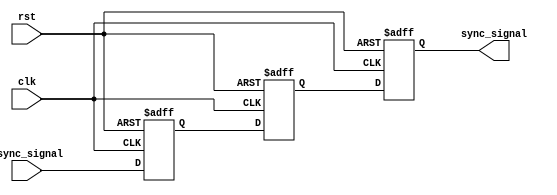
module metastability_detector (
    input async_signal,    // Asynchronous input signal
    input clk,            // Synchronous clock signal
    input rst,            // Asynchronous reset signal
    output reg sync_signal // Synchronized output signal
);

    // Two flip-flops for metastability detection
    reg ff1;              // Output of the first flip-flop
    reg ff2;              // Output of the second flip-flop

    // Always block for the first flip-flop
    always @(posedge clk or posedge rst) begin
        if (rst) begin
            ff1 <= 1'b0;  // Reset ff1
        end else begin
            ff1 <= async_signal; // Capture async_signal
        end
    end

    // Always block for the second flip-flop
    always @(posedge clk or posedge rst) begin
        if (rst) begin
            ff2 <= 1'b0;  // Reset ff2
        end else begin
            ff2 <= ff1;   // Capture output of ff1
        end
    end

    // Assign output of the second flip-flop to sync_signal
    always @(posedge clk or posedge rst) begin
        if (rst) begin
            sync_signal <= 1'b0;  // Reset sync_signal
        end else begin
            sync_signal <= ff2;    // Output the synchronized signal
        end
    end

endmodule